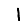
Digit: 1